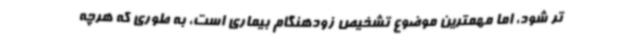
تر شود، اما مهمترین موضوع تشخیص زودهنگام بیماری است، به طوری که هرچه